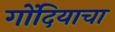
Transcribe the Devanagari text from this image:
गोंदियाचा